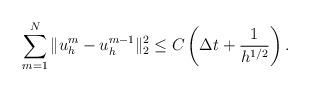
LaTeX: \begin{align*} \sum_{m=1}^{N} \|u_h^m-u_h^{m-1}\|_{2}^2\leq C\left(\Delta t+\frac{1}{h^{1/2}}\right). \end{align*}